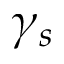
\gamma _ { s }